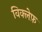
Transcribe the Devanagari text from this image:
विक्लेफ़